Statistical return of the lunatic asylum in Assam - 1912-1932
Year: 1912
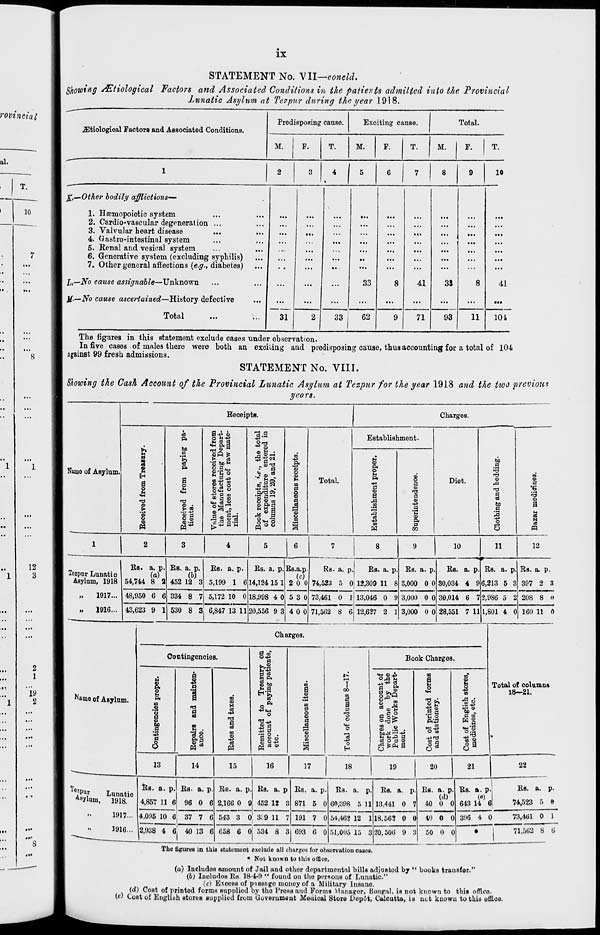
IX
STATEMENT No. VII—concld.
Showing /Etiological Factors and Associated Conditions in the patients admitted into the Provincial
Lunatic Asylum at Terpur during the year .1918.
iEtiological Factors and Associated Conditions.
Predisposing cause.
Exciting cause.
Total.
M.
F.
T.
M.
F.
T.
M.
F.
T.
1
2
3
.* 1 6 6 7 8 9 10
£,— Other bodily afflictions—
1. Hsemopoietic system
2. Cardio-vascular degeneration ...
3. Valvular heart disease
4. OJastro-intestinal system
5. Eenal and vesical system
6. Generative system (excluding syphilis)
7. Other general affections (e.g., diabetes)
I,—-No cause assignable—Unknown
Jf.--.ZVb cause ascertained—History defective
31
...
33
8
41
3S
...
8
41
*••
Total
2
33
62
9
71
93
11
101
The figures in this statement exclude cases under observation.
In five cases of males there were both an exciting aud predisposing cause, thus accounting for a total of 104
againBt 99 fresh admissions.
STATEMENT No. VIII.
Showing the Cash Account of the Provincial Lunatic Asylum at Tezpicr for the year 1918 and the ttoo previous
ycors.
Namo of Asylum.
Beceipts.
Charges.
a
m
•8
s
s
I
>
I
oS
&
to
c
i
a
o
u
<o •
> OQ
g a
(D.rH
M"
S- o h-**
E 5 ei
I ft It
u cs g
■ am
IM es®
°^
ill 0,-i
e3
J .a
•53 a -i
S ® 00
^3
o
o
<B
H
m
§
o
0}
;=: o
o
Total.
Establishment.
o
04
o
a,
•+3
o
3
. m
oj
■+3
at
c
o
r3
a
o
a
•c
<o
0
Diet.
bo
a
13
'd
B
a>
5
rd
C
S
'6
03
o
bo
a
a
.0
ox
4a
N
o
6
4
8
!)
10
11
12
Tozpur Lunatic
Asylum, 1918
„
1917...
„
1916...
Bs. a. p.
(a)
54,744 8 2
48,950 6 6
43,623 9 1
BB. a. p
452 12 3
Bs. a. p
5,199 1
334 8 7 5,172 10 0
530 8 3 6,847 13 11
Bs. a. p
14,124 15 1
Bs.a.p
(c)
2 0 0
18,998 4 0 5 3 0
Rs. a. p.
74,523 5 0
Bs. a. p.
12,309 11 8
Bs. a. p.
3,000 0 0
73,461 0 1
20,556 9 3 4 0 0 71,562 8 6
13,046 0 9 3,000 0 0
12,627 2 1 3,000 0 0
its. a. p.
30,034 4 9
30,014 6 7
28,551 7 11
Bs. a. p.
6,213 5 3
2,986 5 2
1,801 4 0
Bs. a. p.
397 2 3
208 8 it
160 11 0
Name of Asylum.
Charges.
Contingencies.
u
o
p.
o
u
p.
m
a
'8
a
o
bo
o
0
6
a
S
<° rrt
m
a
03
c
0]
oa
0 00"
o •*>
0
H 0 03
oa P.
<D bo
H
o
o
>0
o
-4-J
-*3
K
13
0
O .
03 (D
lit
0
O
a>
I o o oa
s
s
a
^0
o
EH
Book Charges.
1 ^
§^§^
o3 O 3 O
00
a
s
•S 1
O m
*>f0
00 a
6%
2 as
•9 u
«,*
0 0?
° a
Total of columns
18—21.
13
14
15
16
17
18
19
20
21
22
To
ft
Lunatic
AB ylum,
i9i8.
1917...
1916...
Bs. a. p.
4,857 11 6
Bs. a. p
96 0 6
4,095 10 6, 37 7 6
2,938 4 6, 40 13 6
Bs. a. p
2,166 0 9
Bs. a. p
452 12 3
543 3 0 3; 9 11 7
Bs. a. p.
871 5 0
191 7 0
658 6 0; 534 8 3 693 6 0
Bs. a. p.
60,398 5 11
54,402 12 1
51,005 15 3
BB. a. p
13,441 0 7
18,562 0 0
20,500 9 3
Bs. a. p.
{d)
40 0 0
40 0 0
Bs. a. p-
(8)
643 14 6
BB. a. p.
74,523 5 0
396 4 0
73,461 0 1
50 0 0
71,502 8 6
The figures in thin statement exclude all oh&rgCM for observation cases.
• Not known to this office.
(a) Includes aniotint of Jail and othor departmental bills adjustod by " books transfer."
(it) Inoludos BH. 18-4-9 *' found on the persons of Lunatic."
(c) Excess of pissngo inonoy of a Military Insane,
(d) Cost of printed form* ■applied by tho 1'roHsand Forms Manager, Bengal, is not knewn to this office,
(c) Cost of English stores supplied from llovemmout Meuical Store Dopot, Calcutta, is net known to this otHce.